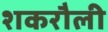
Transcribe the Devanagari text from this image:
शकरौली